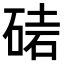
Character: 𥓩